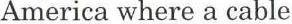
America where a cable